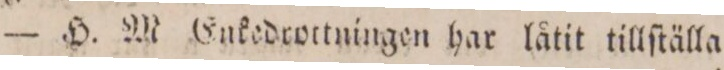
— H. M. Enkedrottningen har låtit tillſtälla